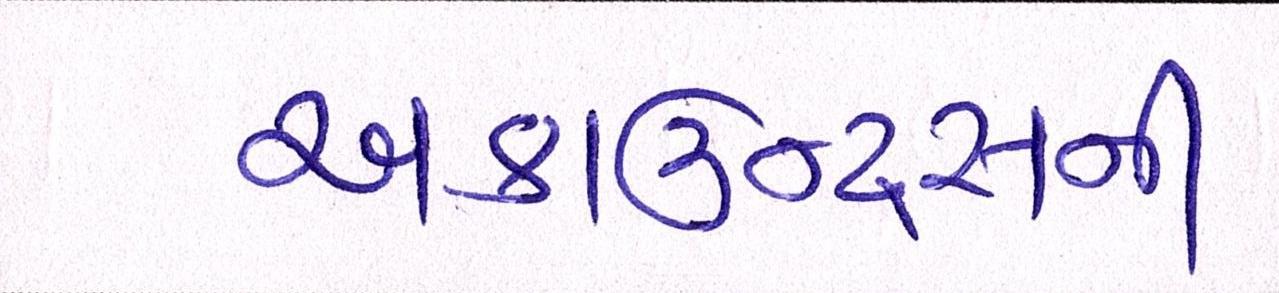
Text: અકાઉન્ટ્સની